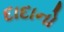
દાદાનો